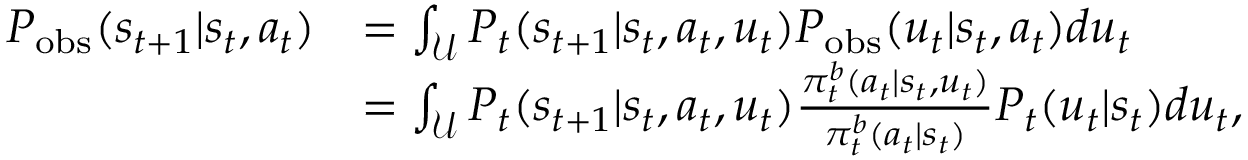
\begin{array} { r l } { P _ { \mathrm { o b s } } ( s _ { t + 1 } | s _ { t } , a _ { t } ) } & { = \int _ { \mathcal { U } } P _ { t } ( s _ { t + 1 } | s _ { t } , a _ { t } , u _ { t } ) P _ { \mathrm { o b s } } ( u _ { t } | s _ { t } , a _ { t } ) d u _ { t } } \\ & { = \int _ { \mathcal { U } } P _ { t } ( s _ { t + 1 } | s _ { t } , a _ { t } , u _ { t } ) \frac { \pi _ { t } ^ { b } ( a _ { t } | s _ { t } , u _ { t } ) } { \pi _ { t } ^ { b } ( a _ { t } | s _ { t } ) } P _ { t } ( u _ { t } | s _ { t } ) d u _ { t } , } \end{array}